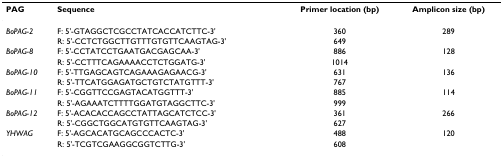
<table><thead><tr><td><b>PAG</b></td><td><b>Sequence</b></td><td><b>Primer location (bp)</b></td><td><b>Amplicon size (bp)</b></td></tr></thead><tbody><tr><td><i>BoPAG-2</i></td><td>F: 5&#x27;-GTAGGCTCGCCTATCACCATCTTC-3&#x27;</td><td>360</td><td>289</td></tr><tr><td></td><td>R: 5&#x27;-CCTCTGGCTTGTTTGTGTTCAAGTAG-3&#x27;</td><td>649</td><td></td></tr><tr><td><i>BoPAG-8</i></td><td>F: 5&#x27;-CCTATCCTGAATGACGAGCAA-3&#x27;</td><td>886</td><td>128</td></tr><tr><td></td><td>R: 5&#x27;-CCTTTCAGAAAACCTCTGGATG-3&#x27;</td><td>1014</td><td></td></tr><tr><td><i>BoPAG-10</i></td><td>F: 5&#x27;-TTGAGCAGTCAGAAAGAGAACG-3&#x27;</td><td>631</td><td>136</td></tr><tr><td></td><td>R: 5&#x27;-TTCATGGAGATGCTGTCTATGTTT-3&#x27;</td><td>767</td><td></td></tr><tr><td><i>BoPAG-11</i></td><td>F: 5&#x27;-CGGTTCCGAGTACATGGTTT-3&#x27;</td><td>885</td><td>114</td></tr><tr><td></td><td>R: 5&#x27;-AGAAATCTTTTGGATGTAGGCTTC-3&#x27;</td><td>999</td><td></td></tr><tr><td><i>BoPAG-12</i></td><td>F: 5&#x27;-ACACACCAGCCTATTAGCATCTCC-3&#x27;</td><td>361</td><td>266</td></tr><tr><td></td><td>R: 5&#x27;-CGGCTGGCATGTGTTCAAGTAG-3&#x27;</td><td>627</td><td></td></tr><tr><td><i>YHWAG</i></td><td>F: 5&#x27;-AGCACATGCAGCCCACTC-3&#x27;</td><td>488</td><td>120</td></tr><tr><td></td><td>R: 5&#x27;-TCGTCGAAGGCGGTCTTG-3&#x27;</td><td>608</td><td></td></tr></tbody></table>